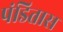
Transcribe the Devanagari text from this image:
पंडितास